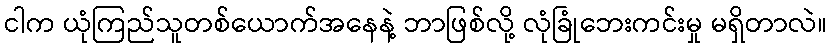
ငါက ယုံကြည်သူတစ်ယောက်အနေနဲ့ ဘာဖြစ်လို့ လုံခြုံဘေးကင်းမှု မရှိတာလဲ။